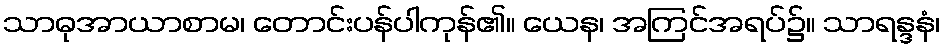
သာဓုအာယာစာမ၊ တောင်းပန်ပါကုန်၏။ ယေန၊ အကြင်အရပ်၌။ သာရန္ဒနံ၊